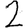
Digit: 2